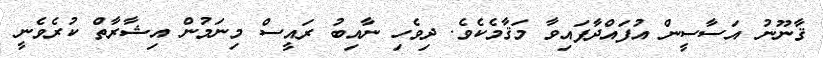
ޤާނޫނު އަސާސީން އުފައްދާފައިވާ މަޤާމެކެވެ. ދިވެހި ނާއިބު ރައީސް މިނަމުން އިޝާރާތް ކުރެވެނީ